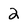
Character: 2